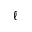
\ell